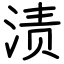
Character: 渍